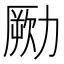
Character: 𠢭